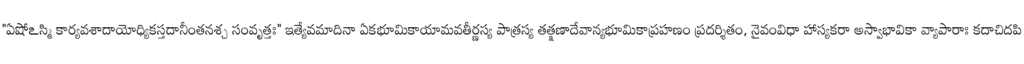
"ఏషోఽస్మి కార్యవశాదాయోధ్యికస్తదానీంతనశ్చ సంవృత్తః" ఇత్యేవమాదినా ఏకభూమికాయామవతీర్ణస్య పాత్రస్య తత్క్షణాదేవాన్యభూమికాప్రహణం ప్రదర్శితం, నైవంవిధా హాస్యకరా అస్వాభావికా వ్యాపారాః కదాచిదపి